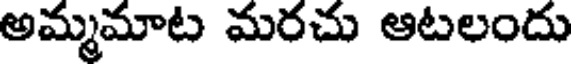
అమ్మమాట మరచు ఆటలందు